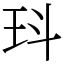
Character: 㺶